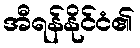
အီရန်နိုင်ငံ၏